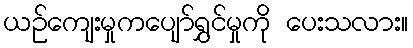
ယဉ်ကျေးမှုကပျော်ရွှင်မှုကို ပေးသလား။